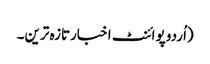
(اُردو پوائنٹ اخبارتازہ ترین۔